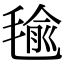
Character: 毺